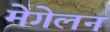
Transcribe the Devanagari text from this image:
मेगेलन